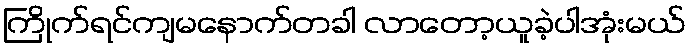
ကြိုက်ရင်ကျမနောက်တခါ လာတော့ယူခဲ့ပါအုံးမယ်